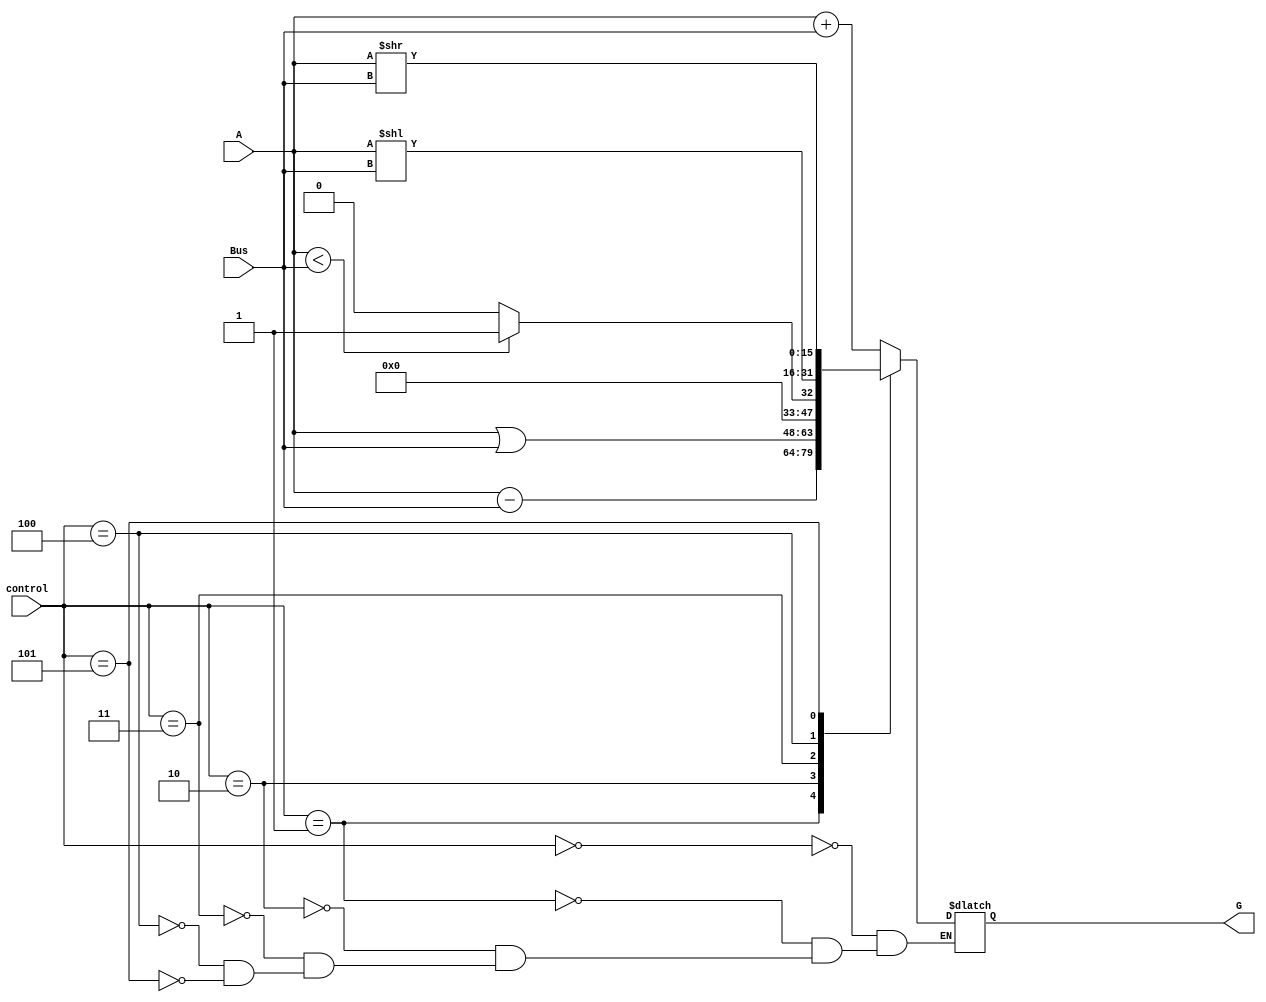
module alu(control, A, Bus, G);
	input[2:0] control;
	input [15:0] A, Bus;
	output reg [15:0] G;
	
	parameter add = 3'b000;
	parameter sub = 3'b001;
	parameter orr = 3'b010;
	parameter slt = 3'b011;
	parameter sll = 3'b100;
	parameter srl = 3'b101;
	
	always@(*)
		begin
			case(control) 
				add:	G = A + Bus;						
				sub:	G = A - Bus;						
				orr:	G = A | Bus;						
				slt:											
							if(A < Bus)
								G = 16'b1;
							else
								G = 16'b0;
				sll:	G = A << Bus;						
				srl:	G = A >> Bus;						
			endcase
		end
endmodule